Indian journal of veterinary science and animal husbandry - Volume 8,
Year: 1938
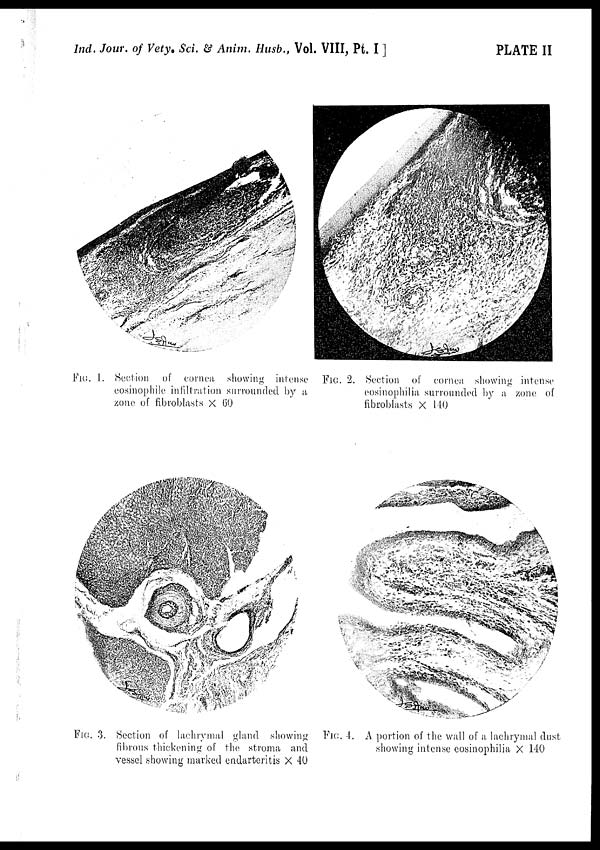
Ind. Jour. of Vety. Sci. & Anim. Husb., Vol. VIII, Pt. I ]
PLATE II
FIG. 1. Section of cornea, showing intense
cosinophile infiltration surrounded by a
zone of fibroblasts × 60
FIG. 2. Section of cornea showing intense
eosinophilia, surrounded by a zone of
fibroblasts × 140
FIG. 3. Section of lachrymal gland showing
fibrous thickening of the stroma and
vessel showing marked endarteritis × 40
FIG. 4. A portion of the wall of a lachrymal dust
showing intense eosinophilia × 140